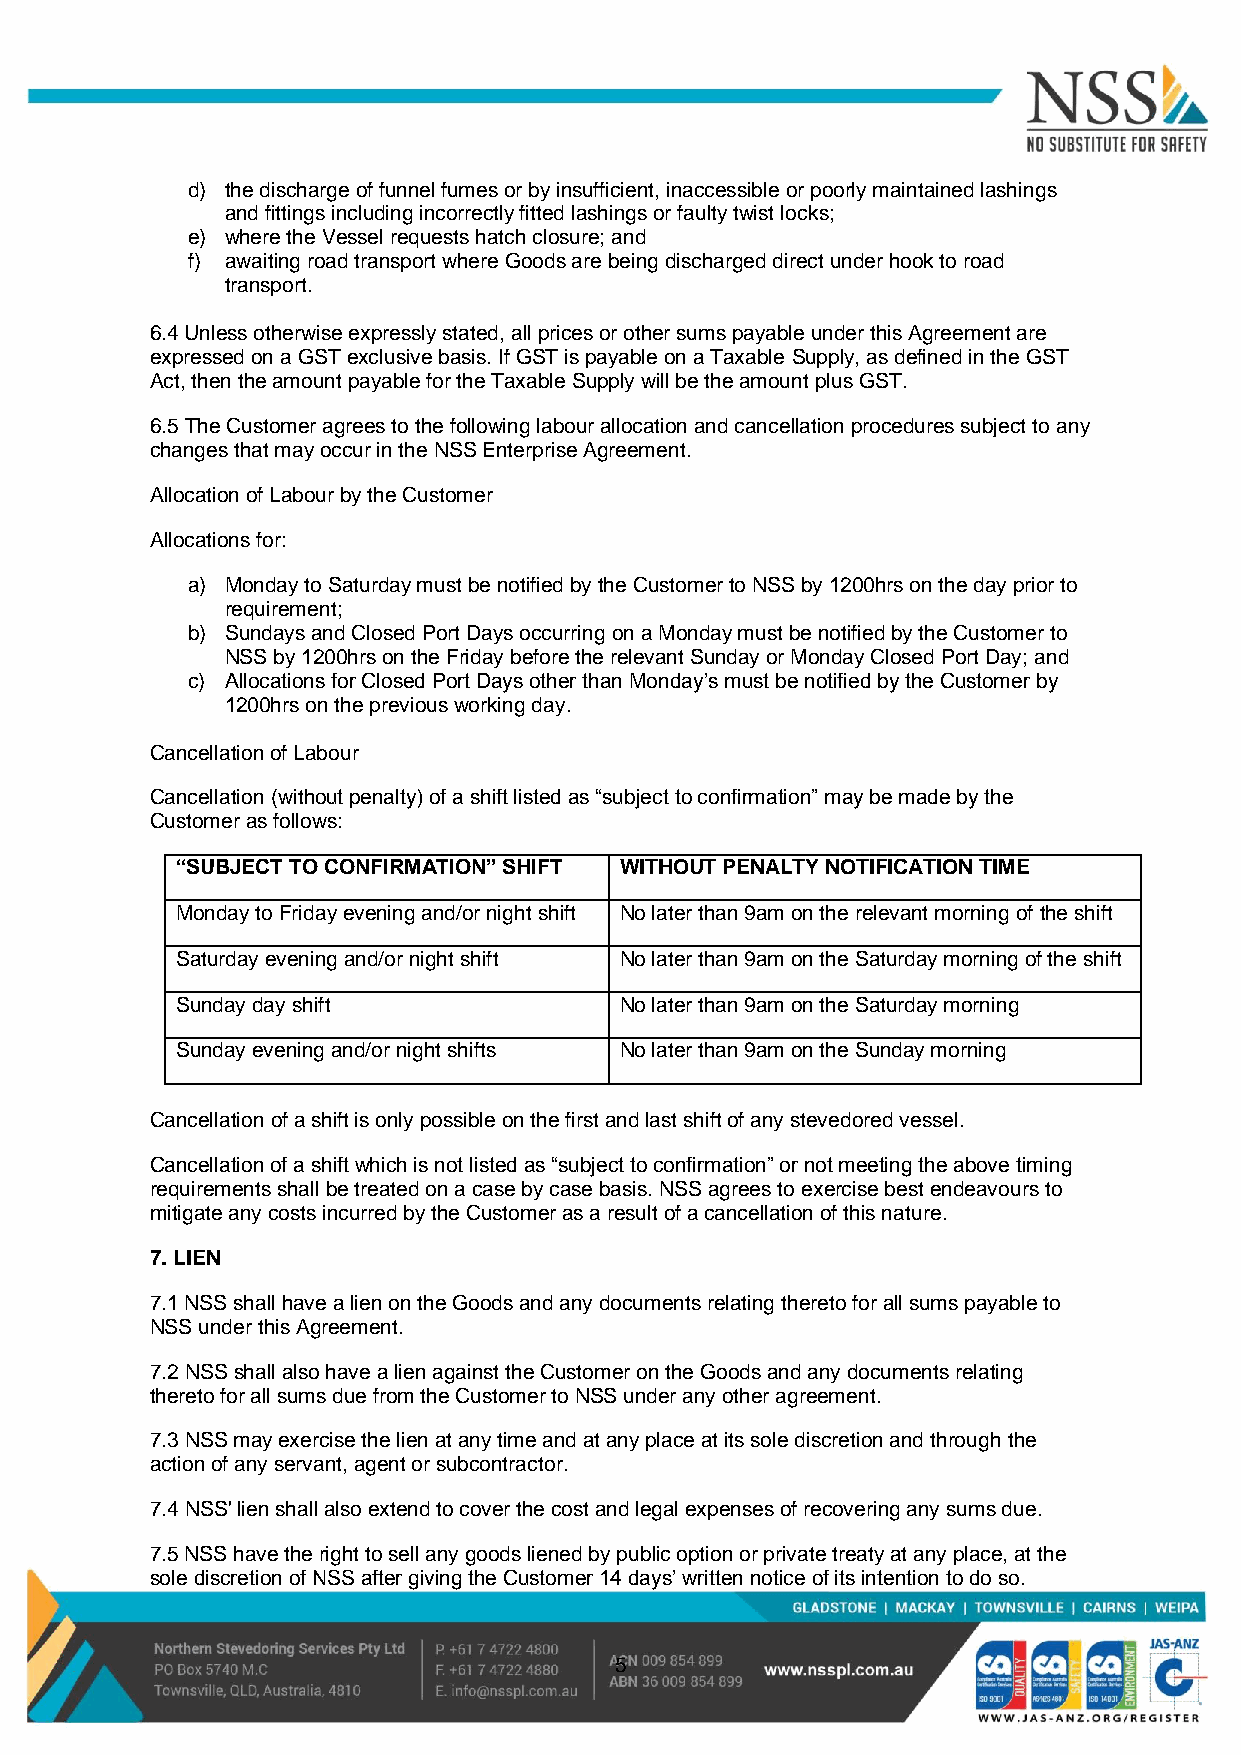
d) the discharge of funnel fumes or by insufficient, inaccessible or poorly maintained lashings
 and fittings including incorrectly fitted lashings or faulty twist locks;
 e) where the Vessel requests hatch closure; and
 f) awaiting road transport where Goods are being discharged direct under hook to road
 transport.
 6.4 Unless otherwise expressly stated, all prices or other sums payable under this Agreement are
 expressed on a GST exclusive basis. If GST is payable on a Taxable Supply, as defined in the GST
 Act, then the amount payable for the Taxable Supply will be the amount plus GST.
 6.5 The Customer agrees to the following labour allocation and cancellation procedures subject to any
 changes that may occur in the NSS Enterprise Agreement.
 Allocation of Labour by the Customer
 Allocations for:
 a) Monday to Saturday must be notified by the Customer to NSS by 1200hrs on the day prior to
 requirement;
 b) Sundays and Closed Port Days occurring on a Monday must be notified by the Customer to
 NSS by 1200hrs on the Friday before the relevant Sunday or Monday Closed Port Day; and
 c) Allocations for Closed Port Days other than Monday’s must be notified by the Customer by
 1200hrs on the previous working day.
 Cancellation of Labour
 Cancellation (without penalty) of a shift listed as “subject to confirmation” may be made by the
 Customer as follows:
 “SUBJECT TO CONFIRMATION” SHIFT WITHOUT PENALTY NOTIFICATION TIME
 Monday to Friday evening and/or night shift No later than 9am on the relevant morning of the shift
 Saturday evening and/or night shift No later than 9am on the Saturday morning of the shift
 Sunday day shift             No later than 9am on the Saturday morning
 Sunday evening and/or night shifts No later than 9am on the Sunday morning
 Cancellation of a shift is only possible on the first and last shift of any stevedored vessel.
 Cancellation of a shift which is not listed as “subject to confirmation” or not meeting the above timing
 requirements shall be treated on a case by case basis. NSS agrees to exercise best endeavours to
 mitigate any costs incurred by the Customer as a result of a cancellation of this nature.
 7. LIEN
 7.1 NSS shall have a lien on the Goods and any documents relating thereto for all sums payable to
 NSS under this Agreement.
 7.2 NSS shall also have a lien against the Customer on the Goods and any documents relating
 thereto for all sums due from the Customer to NSS under any other agreement.
 7.3 NSS may exercise the lien at any time and at any place at its sole discretion and through the
 action of any servant, agent or subcontractor.
 7.4 NSS' lien shall also extend to cover the cost and legal expenses of recovering any sums due.
 7.5 NSS have the right to sell any goods liened by public option or private treaty at any place, at the
 sole discretion of NSS after giving the Customer 14 days’ written notice of its intention to do so.
 5